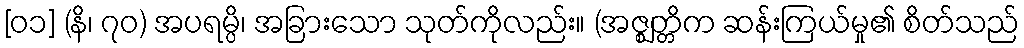
[၀၁] (နိ၊ ၇၀) အပရမ္ပိ၊ အခြားသော သုတ်ကိုလည်း။ (အဇ္ဈတ္တိက ဆန်းကြယ်မှု၏ စိတ်သည်